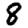
Digit: 8